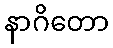
နာဂိတော